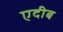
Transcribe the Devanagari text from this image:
एदीब